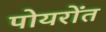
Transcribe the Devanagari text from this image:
पोयरोंत